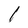
Character: I